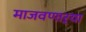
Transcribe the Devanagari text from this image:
माजवणाऱ्या